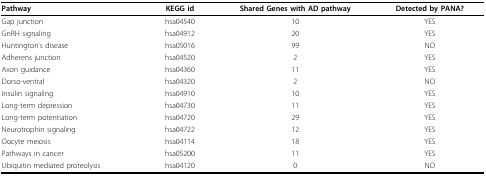
<table><thead><tr><td><b>Pathway</b></td><td><b>KEGG id</b></td><td><b>Shared Genes with AD pathway</b></td><td><b>Detected by PANA?</b></td></tr></thead><tbody><tr><td>Gap junction</td><td>hsa04540</td><td>10</td><td>YES</td></tr><tr><td>GnRH signaling</td><td>hsa04912</td><td>20</td><td>YES</td></tr><tr><td>Huntington&#x27;s disease</td><td>hsa05016</td><td>99</td><td>NO</td></tr><tr><td>Adherens junction</td><td>hsa04520</td><td>2</td><td>YES</td></tr><tr><td>Axon guidance</td><td>hsa04360</td><td>11</td><td>YES</td></tr><tr><td>Dorso-ventral</td><td>hsa04320</td><td>2</td><td>NO</td></tr><tr><td>Insulin signaling</td><td>hsa04910</td><td>10</td><td>YES</td></tr><tr><td>Long-term depression</td><td>hsa04730</td><td>11</td><td>YES</td></tr><tr><td>Long-term potentiation</td><td>hsa04720</td><td>29</td><td>YES</td></tr><tr><td>Neurotrophin signaling</td><td>hsa04722</td><td>12</td><td>YES</td></tr><tr><td>Oocyte meiosis</td><td>hsa04114</td><td>18</td><td>YES</td></tr><tr><td>Pathways in cancer</td><td>hsa05200</td><td>11</td><td>YES</td></tr><tr><td>Ubiquitin mediated proteolysis</td><td>hsa04120</td><td>0</td><td>NO</td></tr></tbody></table>